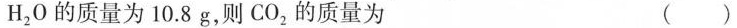
H_{2}O的质量为10.8g，则CO_{2}的质量为 ( )